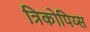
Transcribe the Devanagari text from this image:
त्रिकोपिय्स